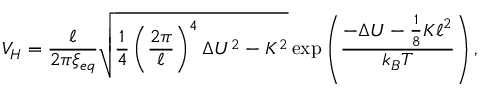
V _ { H } = \frac { \ell } { 2 \pi \xi _ { e q } } \sqrt { \frac { 1 } { 4 } \left( \frac { 2 \pi } { \ell } \right) ^ { 4 } \Delta { U } ^ { 2 } - K ^ { 2 } } \exp \left( \frac { - \Delta { U } - \frac { 1 } { 8 } K \ell ^ { 2 } } { k _ { B } T } \right) ,